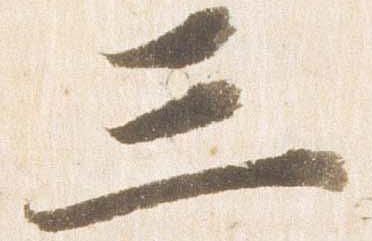
三